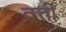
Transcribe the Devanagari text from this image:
तत्ती